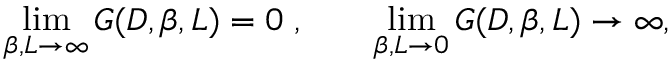
\operatorname * { l i m } _ { \beta , L \rightarrow \infty } G ( D , \beta , L ) = 0 \; , \; \; \; \; \; \; \; \operatorname * { l i m } _ { \beta , L \rightarrow 0 } G ( D , \beta , L ) \rightarrow \infty ,